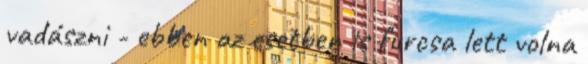
vadászni - ebben az esetben is furcsa lett volna